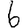
Digit: 6